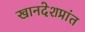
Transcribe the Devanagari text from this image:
खानदेशप्रांत